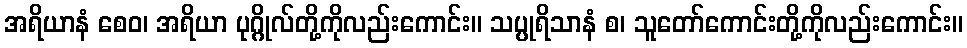
အရိယာနံ စေဝ၊ အရိယာ ပုဂ္ဂိုလ်တို့ကိုလည်းကောင်း။ သပ္ပုရိသာနံ စ၊ သူတော်ကောင်းတို့ကိုလည်းကောင်း။